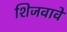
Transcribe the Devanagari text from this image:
शिजवावे